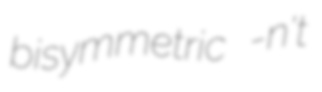
bisymmetric -n't